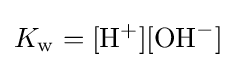
K_{\mathrm {w} }=[{\mathrm {H} }^{+}][{\mathrm {OH} }^{-}]